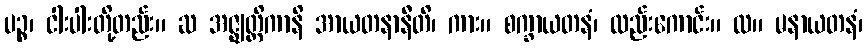
ပဉ္စ၊ ငါးပါးတို့တည်း။ ဆ အဇ္ဈတ္တိကာနိ အာယတနာနီတိ၊ ကား။ စက္ခာယတနံ၊ လည်းကောင်း။ လ။ မနာယတနံ၊